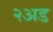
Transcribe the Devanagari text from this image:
२अड